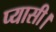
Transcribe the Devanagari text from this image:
प्यासी।